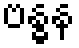
ဗန္ဓန